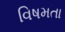
વિષમતા